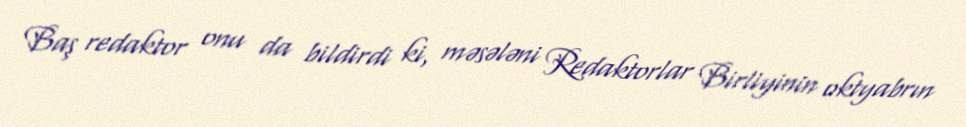
Baş redaktor onu da bildirdi ki, məsələni Redaktorlar Birliyinin oktyabrın